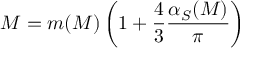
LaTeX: M = m ( M ) \left( 1 + \frac { 4 } { 3 } \frac { \alpha _ { S } ( M ) } { \pi } \right)